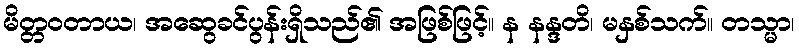
မိတ္တဝတာယ၊ အဆွေခင်ပွန်းရှိသည်၏ အဖြစ်ဖြင့်။ န နန္ဒတိ၊ မနှစ်သက်။ တသ္မာ၊